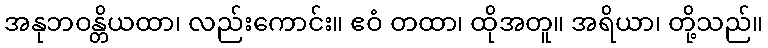
အနုဘဝန္တိယထာ၊ လည်းကောင်း။ ဧဝံ တထာ၊ ထိုအတူ။ အရိယာ၊ တို့သည်။